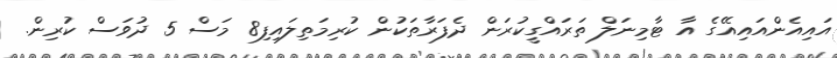
އައިއެންއައިއޭގެ އާ ޓާމިނަލް ތަރައްގީކުރަން ދެފަރާތަކުން ކުރިމަތިލައިފި8 މަސް 5 ދުވަސް ކުރިން.